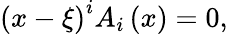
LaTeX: \left({x-\xi}\right)^{i}A_{i}\left(x\right)=0,